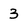
Character: 3